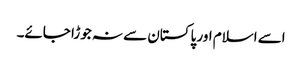
اسے اسلام اور پاکستان سے نہ جوڑا جائے۔